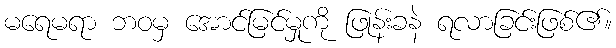
မရေမရာ ဘဝမှ အောင်မြင်မှုကို ဖြုန်းခနဲ ရလာခြင်းဖြစ်၏။